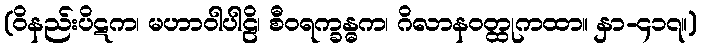
(ဝိနည်းပိဋက၊ မဟာဝါပါဠိ၊ စီဝရက္ခန္ဓက၊ ဂိလာနဝတ္ထုကထာ။ နှာ-၄၁၇။)